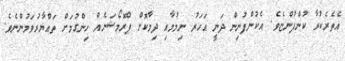
އެތެރެކުރާ ކުންފުންޏެވެ. އެކުންފުނިން ދަނީ އަހަރު ނިމުމާއި ދިމާކޮށް ޕްރޮމޯޝަނެއް ހިންގުމަށް ތައްޔާރުވަމުންނެވެ.